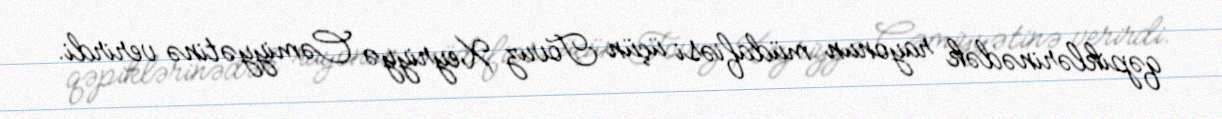
qəpiklərinədək rayonun müdafiəsi üçün Tovuz Xeyriyyə Cəmiyyətinə verirdi.